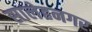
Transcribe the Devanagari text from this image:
सालेहनगर